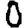
Digit: 0